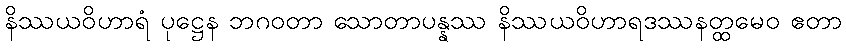
နိဿယဝိဟာရံ ပုဋ္ဌေန ဘဂဝတာ သောတာပန္နဿ နိဿယဝိဟာရဒဿနတ္ထမေဝ ဧတာ